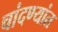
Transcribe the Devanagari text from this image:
चांदण्यांत